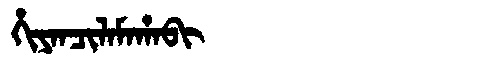
Manchu: ᡥᡳᠶᠠᠨᠴᡳᠯᠠᠮᠠᡥᠠᠪᡳ
Romanization: HIYANCILAMAHABI